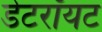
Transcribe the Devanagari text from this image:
डेटरॉयट